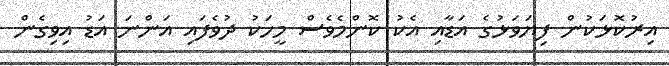
އިރުކޮޅަކުން ފިޔަވަޅުގެ އަޑާއި އެކު ކޮންމެވެސް މީހަކު ދުވެފައި އަންނަ އަޑު އިވިގެން